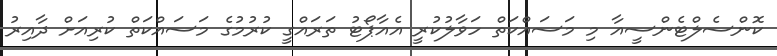
ކޮންސެލްޓެންސީއާ މި މަސައްކަތް ހަވާލުކުރީ އެއާޕޯޓު ތަރައްގީ ކުރުމުގެ މަސައްކަތް ކުރިއަށް ދާއިރު